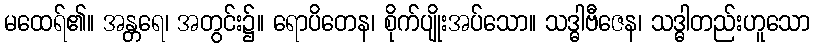
မထေရ်၏။ အန္တရေ၊ အတွင်း၌။ ရောပိတေန၊ စိုက်ပျိုးအပ်သော။ သဒ္ဓါဗီဇေန၊ သဒ္ဓါတည်းဟူသော